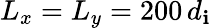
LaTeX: L_{x}=L_{y}=200\, d_{\mathbf{i}}